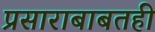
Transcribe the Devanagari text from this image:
प्रसाराबाबतही